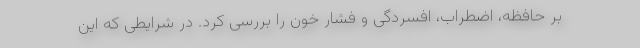
بر حافظه، اضطراب، افسردگی و فشار خون را بررسی کرد. در شرایطی که این